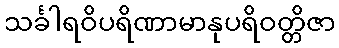
သင်္ခါရဝိပရိဏာမာနုပရိဝတ္တိဇာ